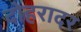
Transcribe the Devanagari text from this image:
दोहरादर